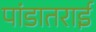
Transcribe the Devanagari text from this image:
पांडातराई